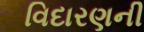
વિદારણની